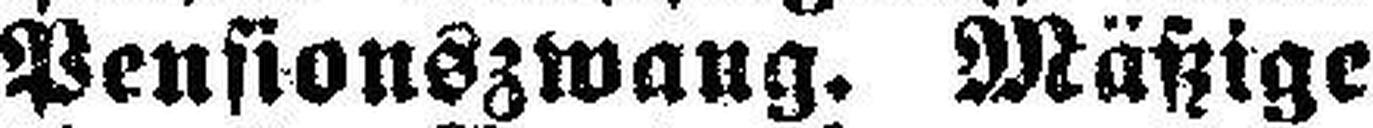
Pensionszwang. Mäßige